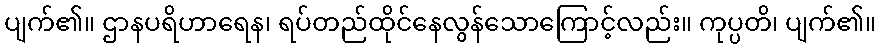
ပျက်၏။ ဌာနပရိဟာရေန၊ ရပ်တည်ထိုင်နေလွန်သောကြောင့်လည်း။ ကုပ္ပတိ၊ ပျက်၏။